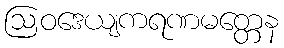
ဩဝဒေယျကရဏမတ္တေန